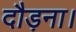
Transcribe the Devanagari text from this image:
दौड़ना।